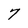
Character: 7